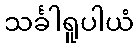
သင်္ခါရူပါယံ